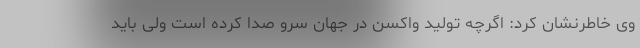
وی خاطرنشان کرد: اگرچه تولید واکسن در جهان سرو صدا کرده است ولی باید